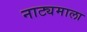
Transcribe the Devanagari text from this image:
नाट्यमाला